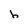
Character: h